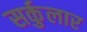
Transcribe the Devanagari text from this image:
सर्कुलार